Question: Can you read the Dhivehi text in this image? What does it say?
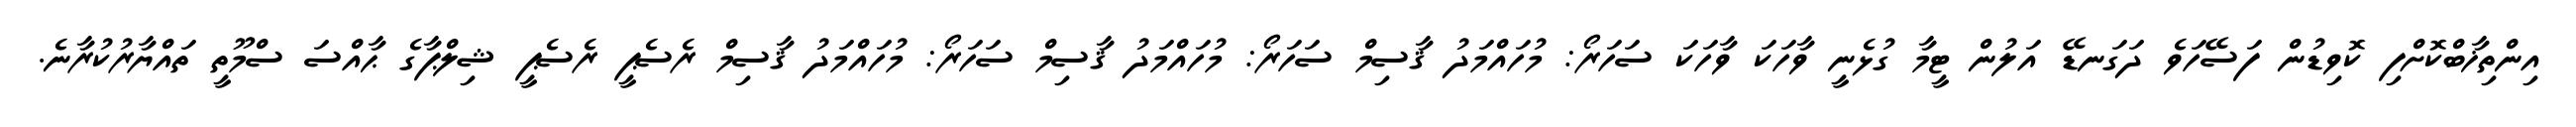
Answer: އިންތިޚާބްކޮށްފި ކޮވިޑުން ފަސޭހަވެ ދަގަނޑޭ އަލުން ޓީމާ ގުޅެނީ ވާހަކަ ވާހަކަ ސަހަރޯ: މުހައްމަދު ޤާސިމް ސަހަރޯ: މުހައްމަދު ޤާސިމް ސަހަރޯ: މުހައްމަދު ޤާސިމް ރެސެޕީ ރެސެޕީ ޝިލްޕާގެ ޙާއްސަ ސްމޫތީ ތައްޔާރުކުރާނެ.